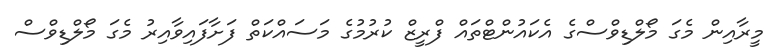
މީރާއިން މެގަ މޯލްޑިވްސްގެ އެކައުންޓްތައް ފްރީޒް ކުރުމުގެ މަސައްކަތް ފަށާފައިވާއިރު މެގަ މޯލްޑިވްސް